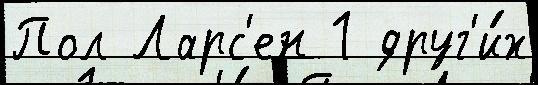
Пол Ларс'ен 1 друг'и́х